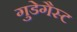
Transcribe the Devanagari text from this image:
गुडेगैस्ट